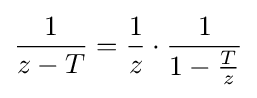
{\frac {1}{z-T}}={\frac {1}{z}}\cdot {\frac {1}{1-{\frac {T}{z}}}}